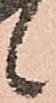
候